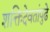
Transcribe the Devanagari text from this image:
शक्तिदेवतांपुढे